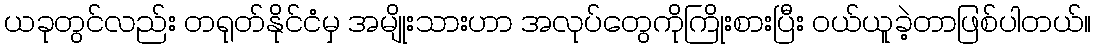
ယခုတွင်လည်း တရုတ်နိုင်ငံမှ အမျိုးသားဟာ အလုပ်တွေကိုကြိုးစားပြီး ဝယ်ယူခဲ့တာဖြစ်ပါတယ်။